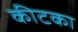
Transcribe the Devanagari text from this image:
कीटका